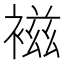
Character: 𧛏